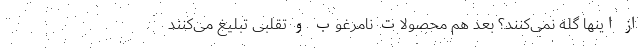
از اینها گله نمی‌کنند؟ بعد هم محصولات نامرغوب و تقلبی تبلیغ می‌کنند